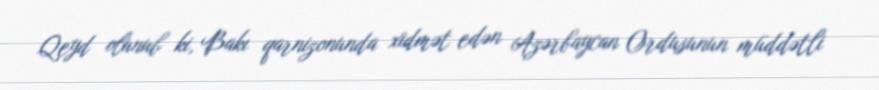
Qeyd olunub ki, Bakı qarnizonunda xidmət edən Azərbaycan Ordusunun müddətli